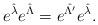
LaTeX: \begin{align*} e^{\hat{\lambda}} e^{\hat{\Lambda}}=e^{\hat{\Lambda'}} e^{\hat{\lambda}} .\end{align*}